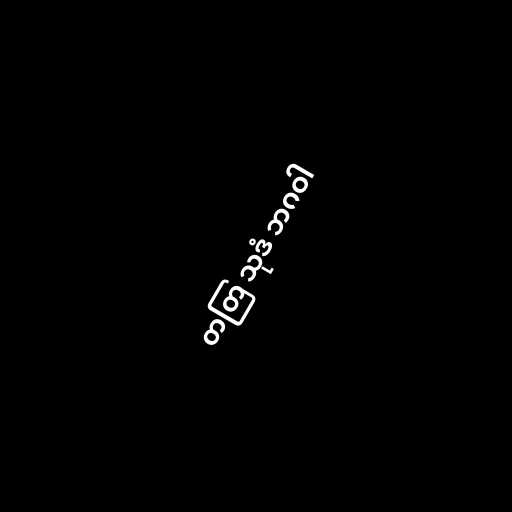
တတြ သုဒံ ဘဂဝါ